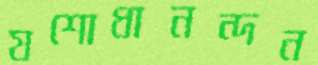
যশোধানন্দন